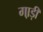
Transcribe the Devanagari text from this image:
गा़ड़ी